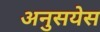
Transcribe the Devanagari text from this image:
अनुसयेस